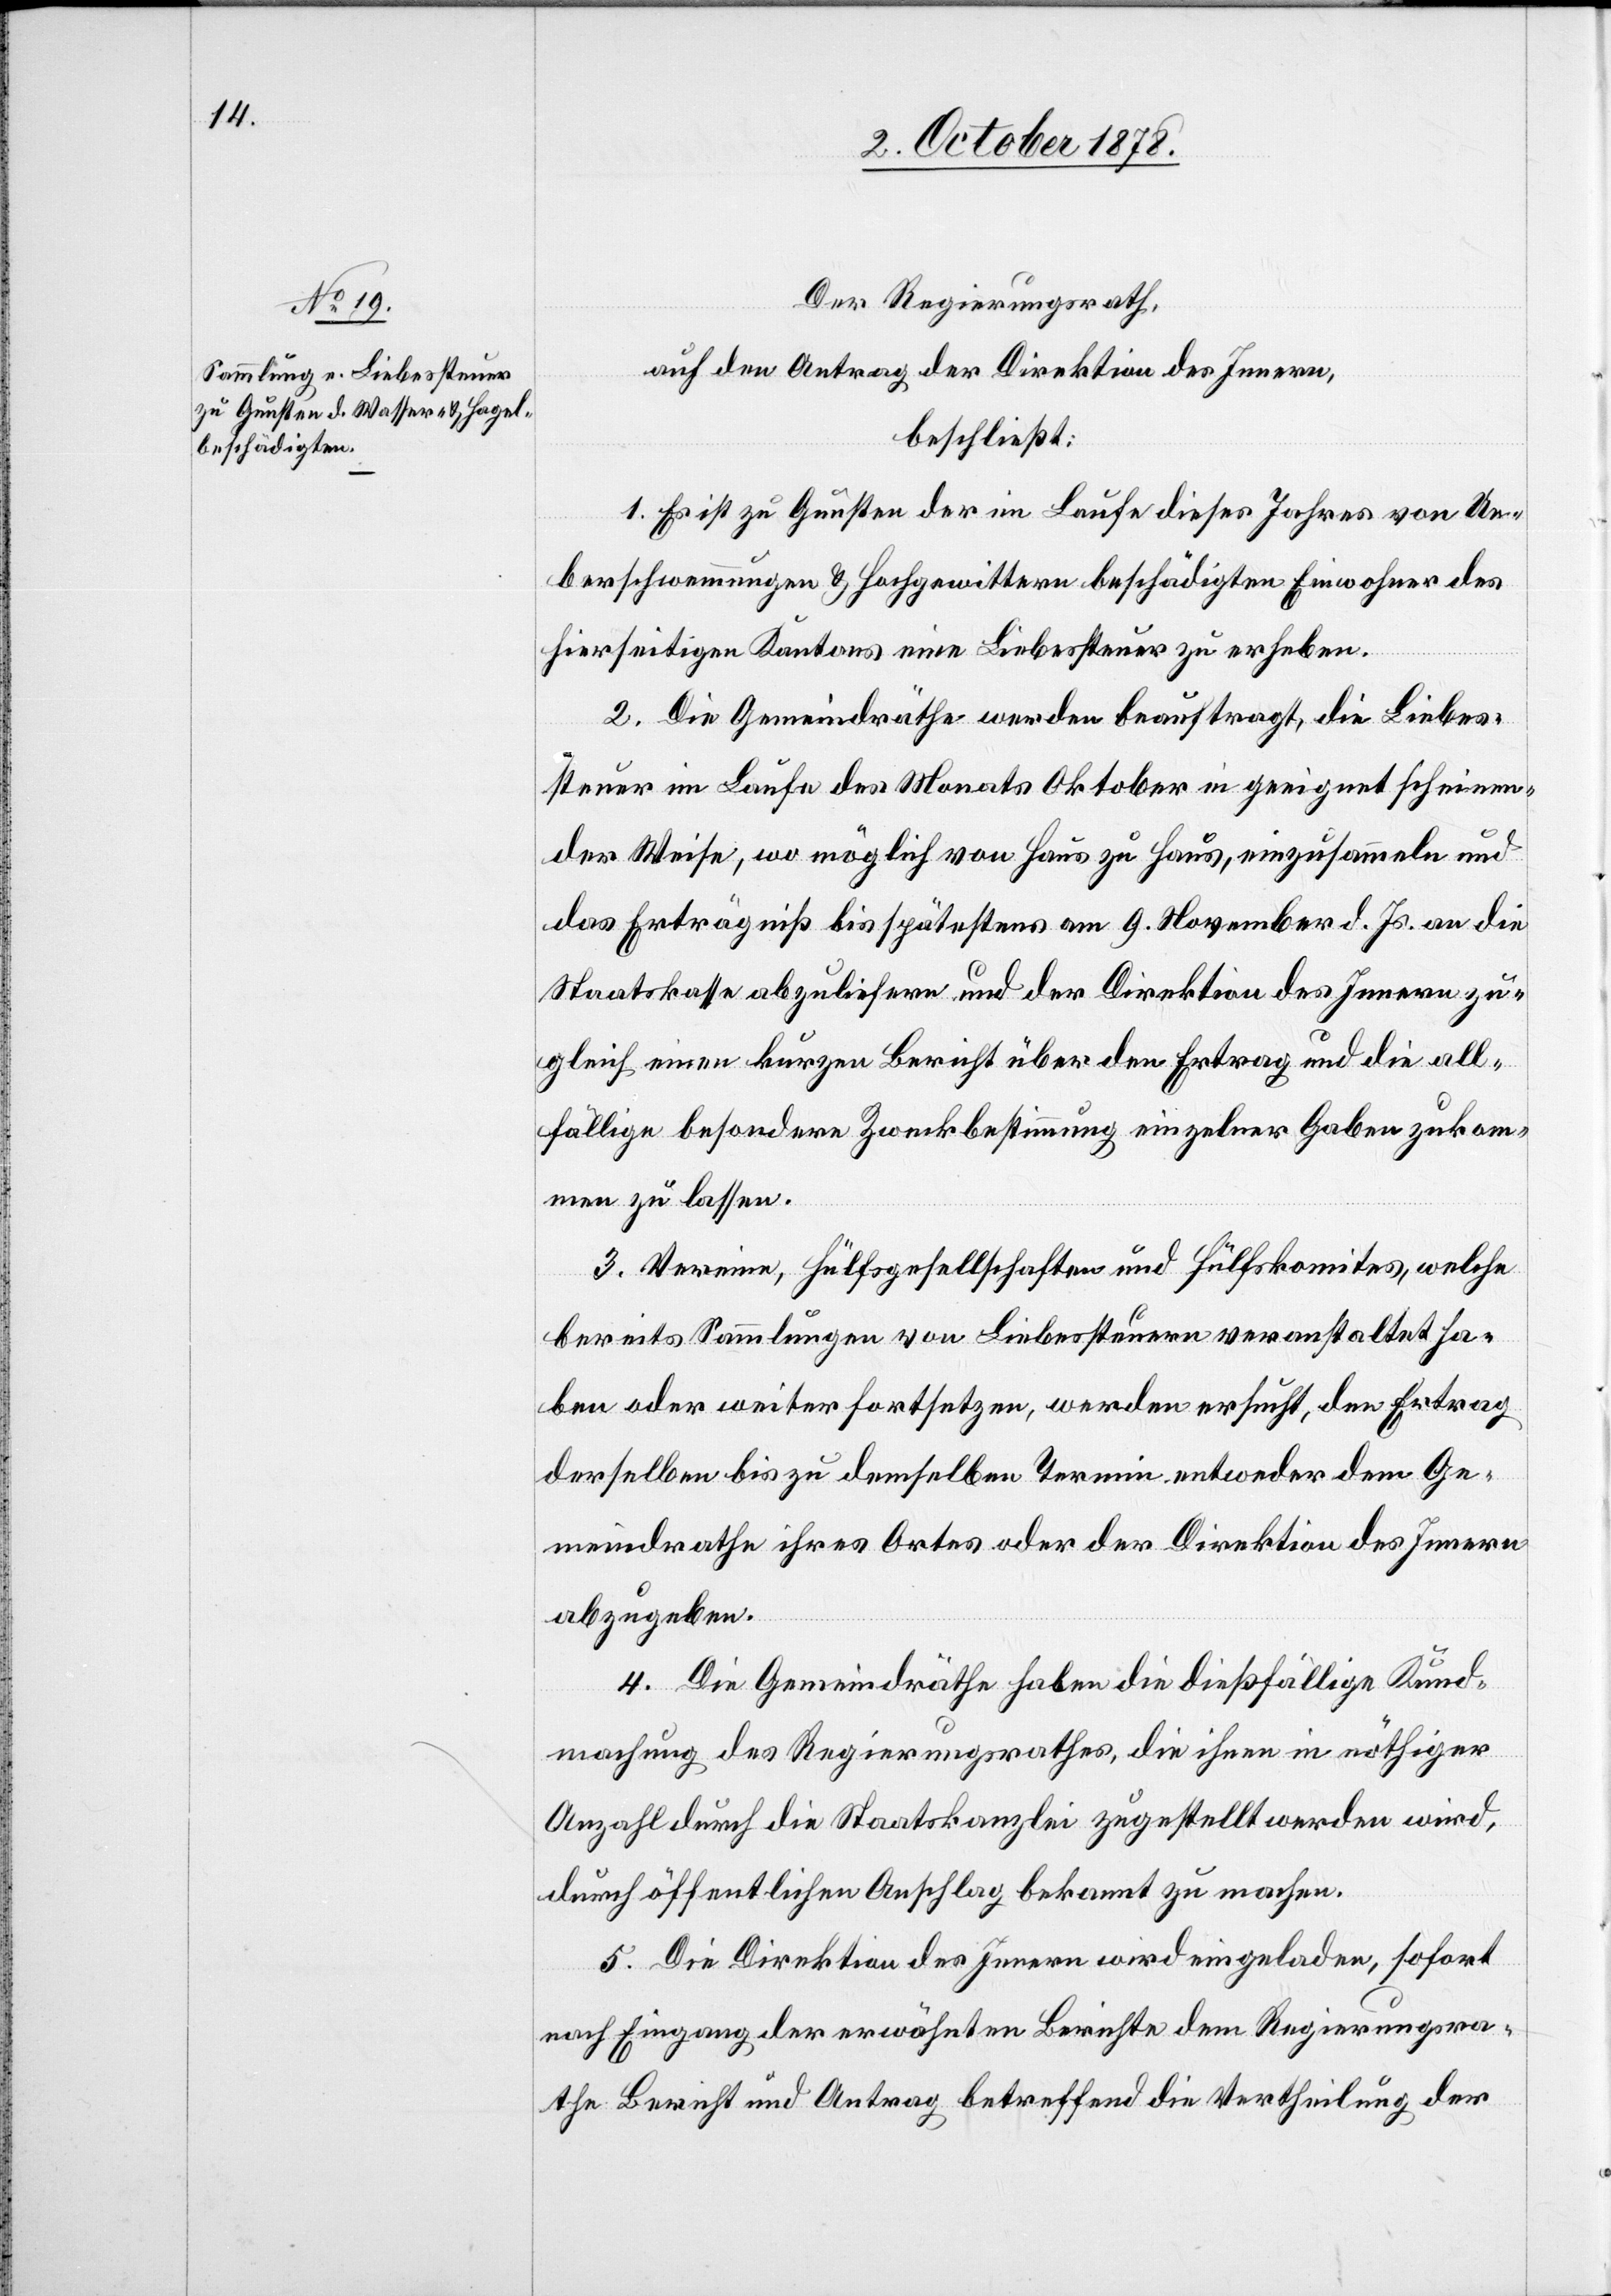
Der Regierungsrath,
auf den Antrag der Direktion des Innern,
beschließt:
1. Es ist zu Gunsten der im Laufe dieses Jahres von Ue¬
berschwemmungen & Hochgewittern beschädigten Einwohner des
hierseitigen Kantons eine Liebessteuer zu erheben.
2. Die Gemeindräthe werden beauftragt, die Liebes¬
steuer im Laufe des Monats Oktober in geeignet scheinen¬
der Weise, wo möglich von Haus zu Haus, einzusammeln und
das Erträgniß bis spätestens am 9. November d. Js. an die
Staatskasse abzuliefern und der Direktion des Innern zu¬
gleich einen kurzen Bericht über den Ertrag und die all¬
fällige besondere Zweckbestimmung einzelner Gaben zukom¬
men zu lassen.
3. Verein, Hülfsgesellschaften und Hülfskomites, welche
bereits Sammlungen von Liebessteuer veranstaltet ha¬
ben oder weiter fortsetzen, werden ersucht, den Ertrag
derselben bis zu demselben Termin entweder dem Ge¬
meindrathe ihres Ortes oder der Direktion des Innern
abzugeben.
4. Die Gemeindräthe haben die dießfällige Kund¬
machung des Regierungsrathes, die ihnen in nöthiger
Anzahl durch die Staatskanzlei zugestellt werden wird,
durch öffentlichen Anschlag bekannt zu machen.
5. Die Direktion des Innern wird eingeladen, sofort
nach Eingang der erwähnten Berichte dem Regierungsra¬
th Bericht und Antrag betreffend die Vertheilung der